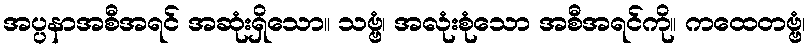
အပ္ပနာအစီအရင် အဆုံးရှိသော။ သဗ္ဗံ၊ အလုံးစုံသော အစီအရင်ကို။ ကထေတဗ္ဗံ၊